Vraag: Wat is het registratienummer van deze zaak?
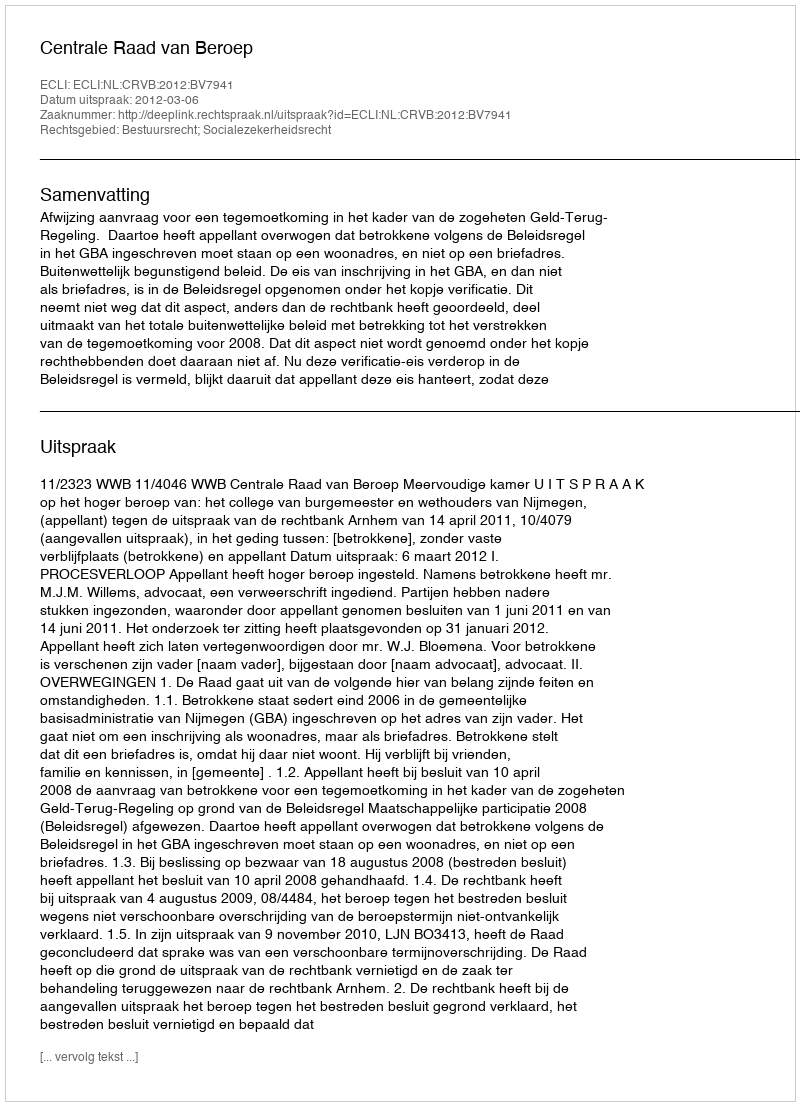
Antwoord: http://deeplink.rechtspraak.nl/uitspraak?id=ECLI:NL:CRVB:2012:BV7941